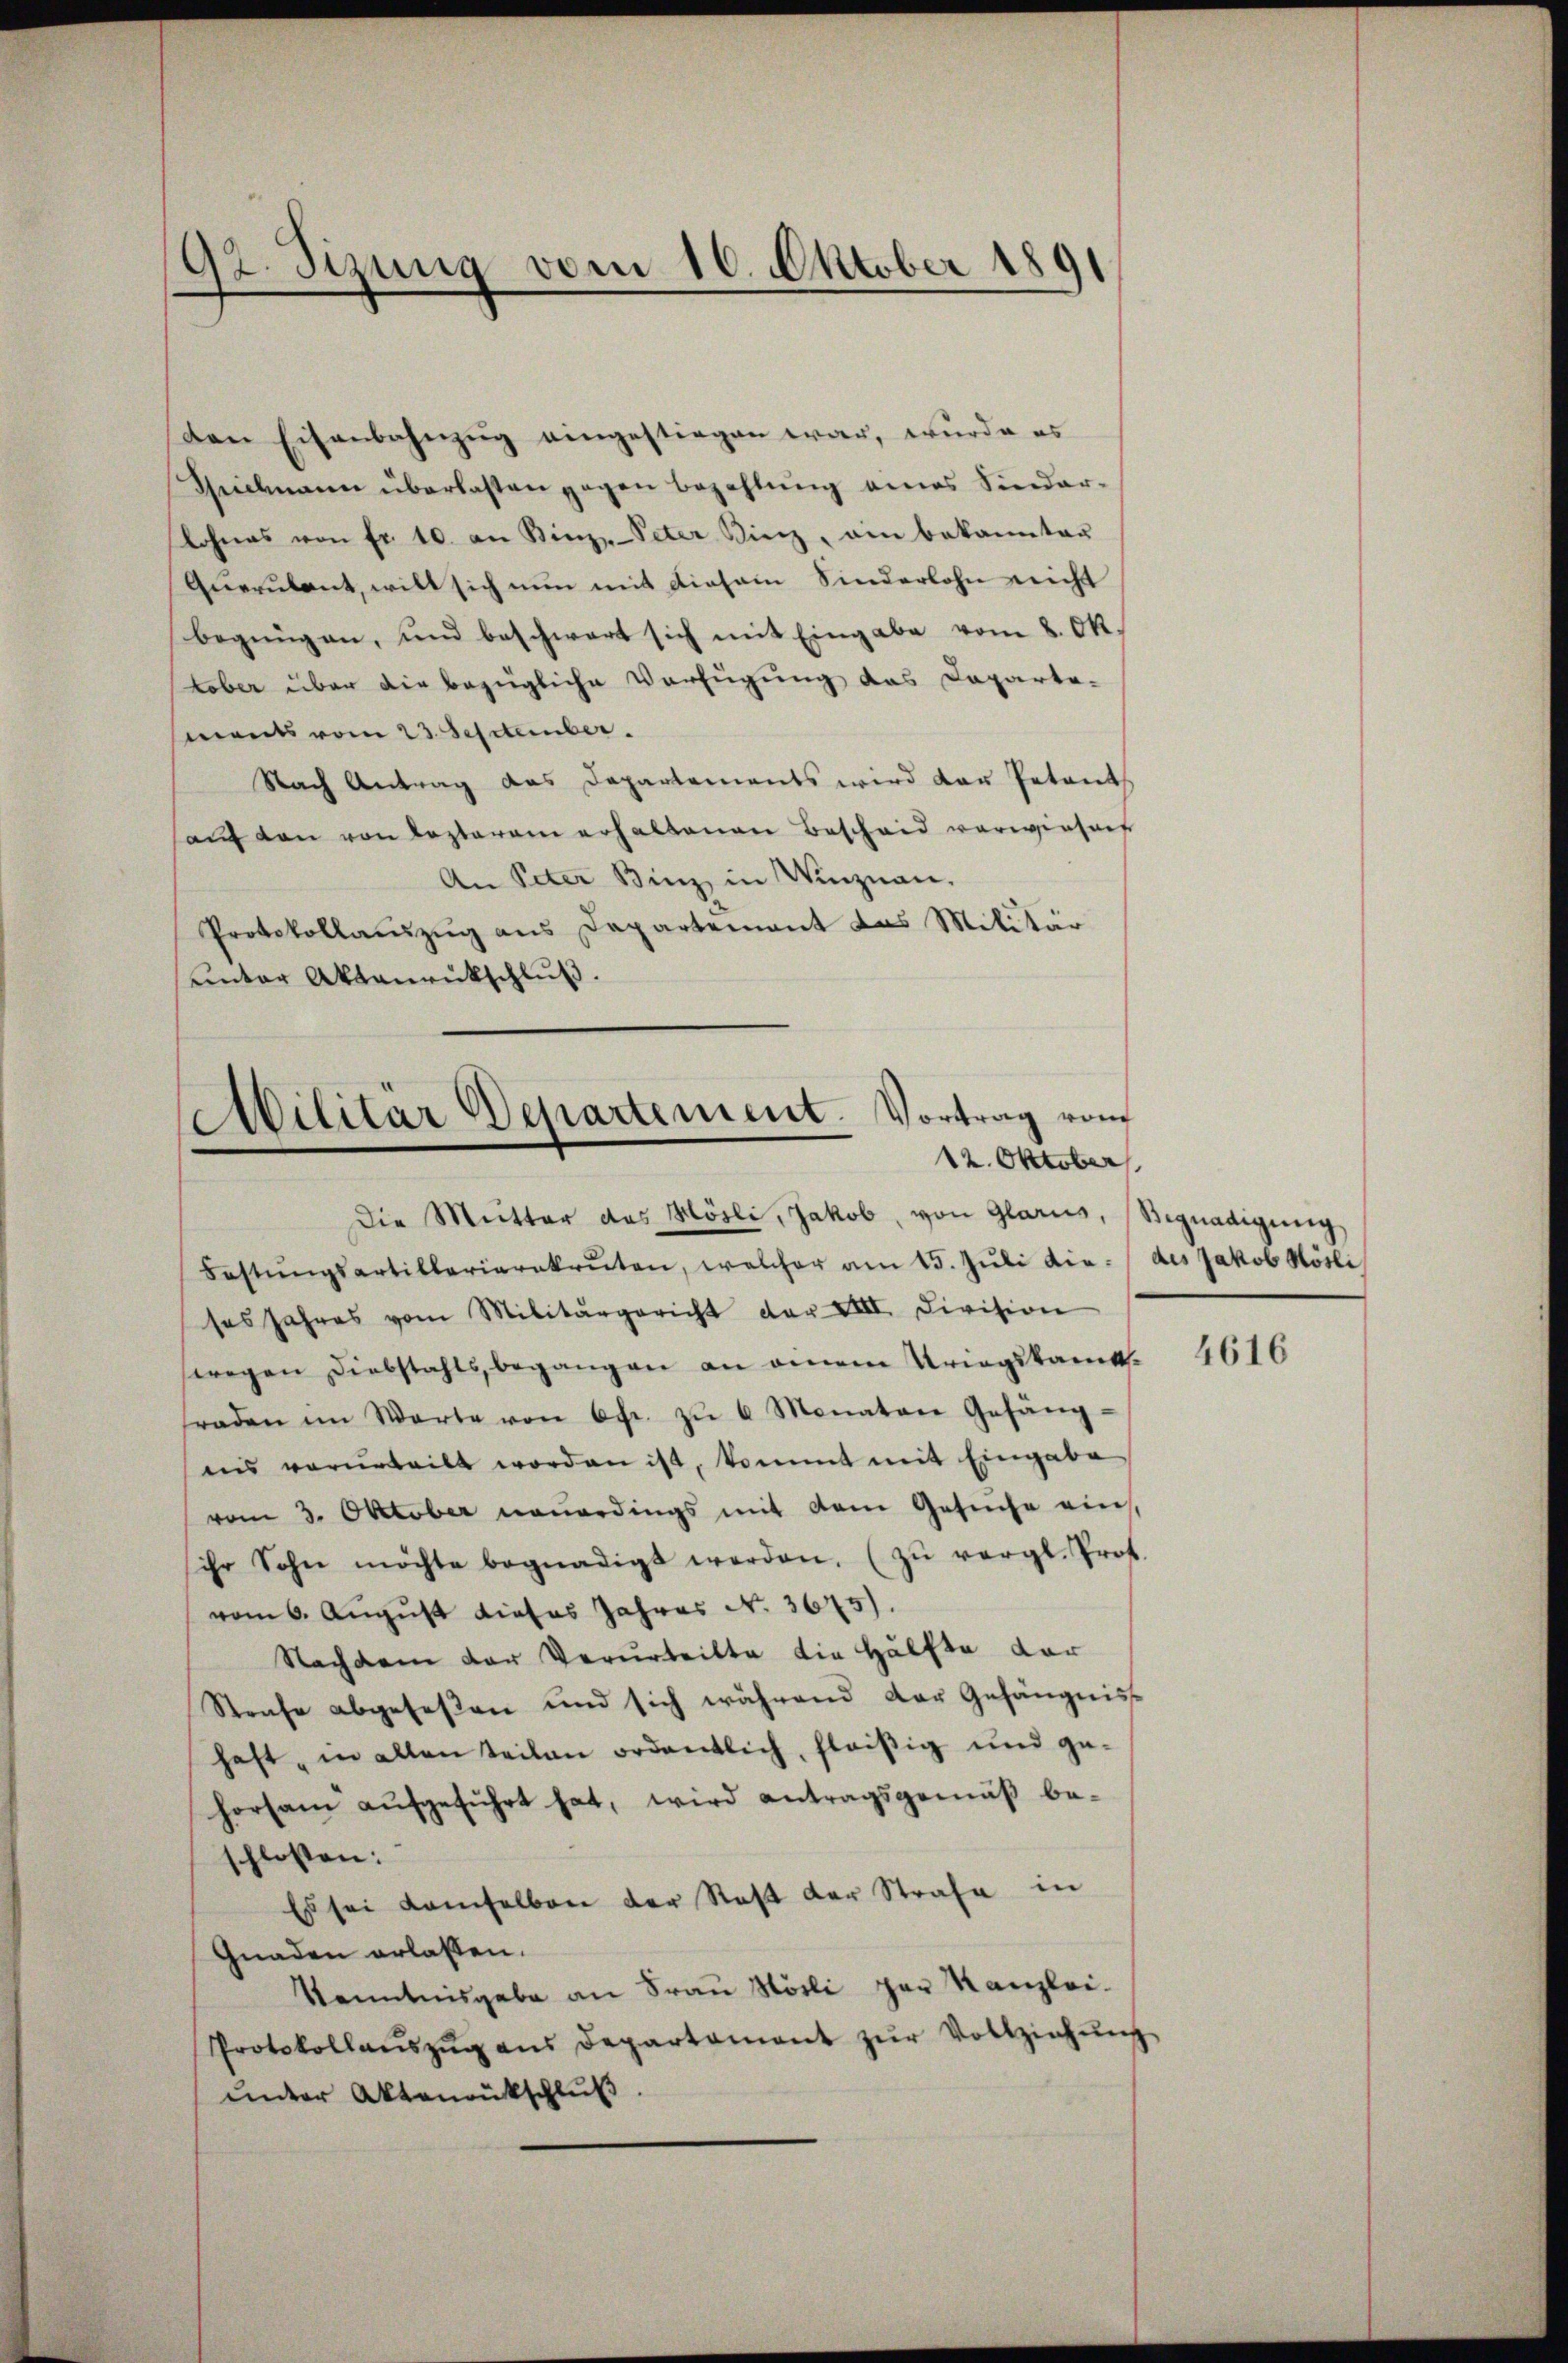
92. Sizung vom 10. Oktober 1891

den Eisenbahnzug eingestiegen war, wurde es
Spielmann überlasten gegen bezahlung eines Sindar-
lohnes von fr. 10. an Kinz-Peter Kienz, am bekannter
Querulant, will sich nun mit diesem Sinderlohn nicht
begnügen, und beschwert sich mit Eingabe vom 8. Oktober über die bezügliche Verfügung das Daparta-
ments vom 23. September.
Nach Antrag das Departements wird der Petent
aŭf den von lezterem erhaltenen Bescheid vorwiesen
An Peter Binz in Winznan.
Protokollaŭszŭg ans Departement das Militär
unter Aktenrückschluß.

Militär Departement. Vortrag vom
12. Oktober

Die Mutter das Mösli, Jakob, von Glarus, Begnadigung
Festŭngsartillariarekruten, welcher am 15. Jŭli die des Jakob Hösli
ses Jahres vom Militärgericht der XIII. Division
wegen Diebstahls begangen an einem Kriegskamts-
fraden im Warte von 6fr. zŭ 6 Monatare Gefäng-
ins verurteilt worden ist, kommt mit Eingabe
vom 3. Oktober neuerdings mit dem Gesuche eins,
ihr Sohn möchte begnadigt werden. (zŭ vergl. Prof.
vom 6. August dieses Jahres N. 3675).
Nachdem der Verurteilte die Hälfte dar
Strafe abgeseßen und sich während der Gefängniss
haft, in allen Teilen ordentlich, fleißig und ge-
horsam aŭfgeführt hat, wird antragsgemäβ be-
schlossen:
Es sei damselben der Rest der Strafe in
Gnaden erlassen.
Kenntnisgabe an Frau Hösli par Kanzlei.
Protokollaŭszŭg ans Departament zŭr Vollziehŭng
unter Aktenrückschluß

4616